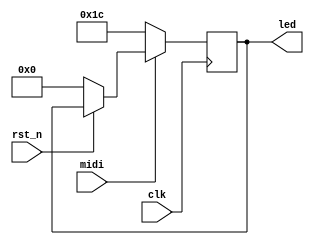
module lab4(midi, clk, rst_n, led );

input clk;
input rst_n;
input midi;
output [7:0] led;

reg[20:0] cnt;
wire[20:0] cnt_nxt;

reg[7:0] ledreg;
reg[9:0] note;
reg[29:0] bits;

assign led = ledreg;
assign cnt_nxt = cnt + 1'b1;


always @(posedge clk) begin
	if(!rst_n) begin
	ledreg = 8'b0;
	end
	if(!midi) begin
	//MidiNote(midi,clk);
	//cnt <= cnt_nxt;
	ledreg = 8'b00011100;
	
	end
end

endmodule